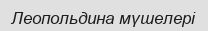
Леопольдина мүшелері